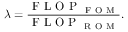
\lambda = \frac { \mathrm { ~ F ~ L ~ O ~ P ~ } _ { \mathrm { ~ F ~ O ~ M ~ } } } { \mathrm { ~ F ~ L ~ O ~ P ~ } _ { \mathrm { ~ R ~ O ~ M ~ } } } .